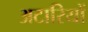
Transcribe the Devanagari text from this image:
अटारियों